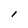
Character: l